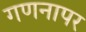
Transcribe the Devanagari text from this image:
गणनापर